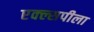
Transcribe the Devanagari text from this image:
एक्ल्सपीला